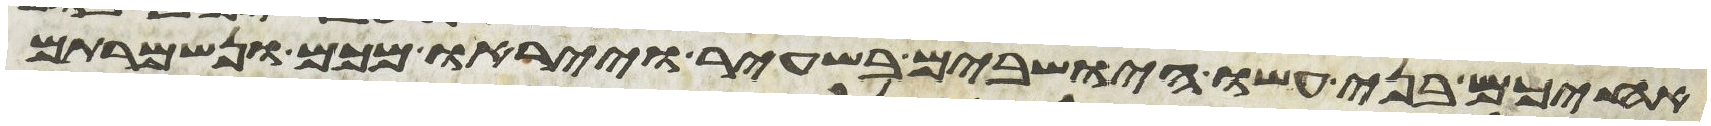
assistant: אחיכם בני עשו הישבים בשעיר וייראו מכם ונשמרתם